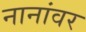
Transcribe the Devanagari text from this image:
नानांवर